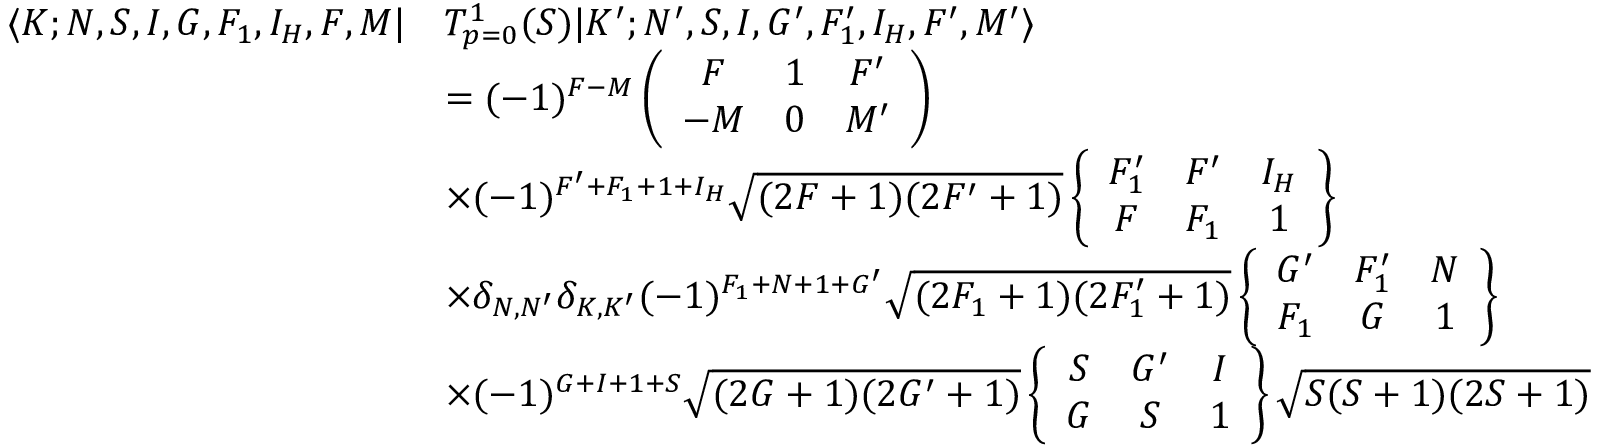
\begin{array} { r l } { \langle K ; N , S , I , G , F _ { 1 } , I _ { H } , F , M | } & { T _ { p = 0 } ^ { 1 } ( S ) | K ^ { \prime } ; N ^ { \prime } , S , I , G ^ { \prime } , F _ { 1 } ^ { \prime } , I _ { H } , F ^ { \prime } , M ^ { \prime } \rangle } \\ & { = ( - 1 ) ^ { F - M } \left( \begin{array} { c c c } { F } & { 1 } & { F ^ { \prime } } \\ { - M } & { 0 } & { M ^ { \prime } } \end{array} \right) } \\ & { \times ( - 1 ) ^ { F ^ { \prime } + F _ { 1 } + 1 + I _ { H } } \sqrt { ( 2 F + 1 ) ( 2 F ^ { \prime } + 1 ) } \left\{ \begin{array} { c c c } { F _ { 1 } ^ { \prime } } & { F ^ { \prime } } & { I _ { H } } \\ { F } & { F _ { 1 } } & { 1 } \end{array} \right\} } \\ & { \times \delta _ { N , N ^ { \prime } } \delta _ { K , K ^ { \prime } } ( - 1 ) ^ { F _ { 1 } + N + 1 + G ^ { \prime } } \sqrt { ( 2 F _ { 1 } + 1 ) ( 2 F _ { 1 } ^ { \prime } + 1 ) } \left\{ \begin{array} { c c c } { G ^ { \prime } } & { F _ { 1 } ^ { \prime } } & { N } \\ { F _ { 1 } } & { G } & { 1 } \end{array} \right\} } \\ & { \times ( - 1 ) ^ { G + I + 1 + S } \sqrt { ( 2 G + 1 ) ( 2 G ^ { \prime } + 1 ) } \left\{ \begin{array} { c c c } { S } & { G ^ { \prime } } & { I } \\ { G } & { S } & { 1 } \end{array} \right\} \sqrt { S ( S + 1 ) ( 2 S + 1 ) } } \end{array}